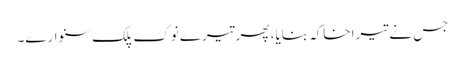
جس نے تیرا خاکہ بنایا، پھر تیرے نوک پلک سنوارے۔